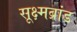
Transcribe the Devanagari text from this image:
सूक्ष्मब्रांड